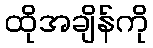
ထိုအချိန်ကို